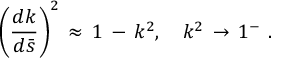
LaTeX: \left( \frac { d k } { d \bar { s } } \right) ^ { 2 } \, \approx \, 1 \, - \, k ^ { 2 } , \quad k ^ { 2 } \, \to \, 1 ^ { - } \, \, { . }